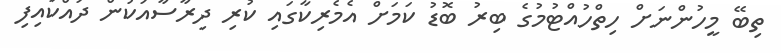
ތިބޭ މީހުންނަށް ހިތްހުއްޓުމުގެ ބިރު ބޮޑު ކަމަށް އެމެރިކާގައި ކުރި ދިރާސާއަކުން ދައްކައިފި